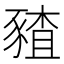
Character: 𰶪